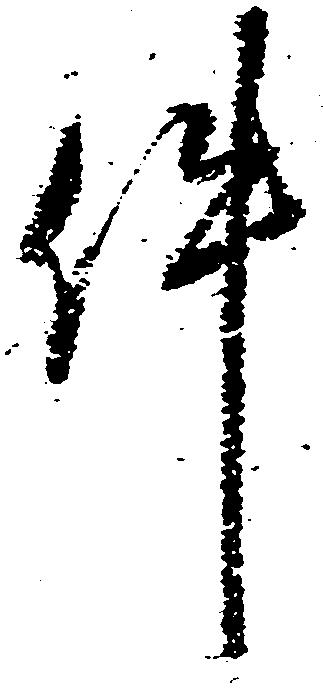
件